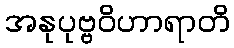
အနုပုဗ္ဗဝိဟာရာတိ